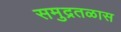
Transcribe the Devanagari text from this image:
समुद्रतळास